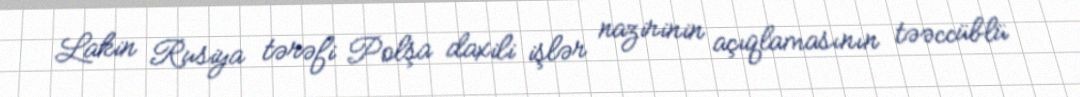
Lakin Rusiya tərəfi Polşa daxili işlər nazirinin açıqlamasının təəccüblü